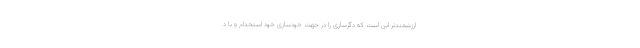
ارزشمندتر این است که دگرسازی را در جهت خودسازی خود استخدام و با د